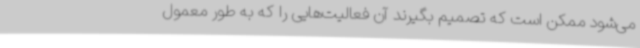
می‌شود ممکن است که تصمیم بگیرند آن فعالیت‌هایی را که به طور معمول